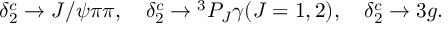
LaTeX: \delta _ { 2 } ^ { c } \rightarrow J / \psi \pi \pi , ~ ~ ~ \delta _ { 2 } ^ { c } \rightarrow { } ^ { 3 } P _ { J } \gamma ( J = 1 , 2 ) , ~ ~ ~ \delta _ { 2 } ^ { c } \rightarrow 3 g .